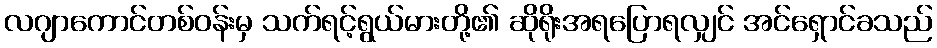
လဂျာကောင်တစ်ဝန်းမှ သက်ရင့်ရွယ်မားတို့၏ ဆိုရိုးအရပြောရလျှင် အင်ရှောင်ခသည်